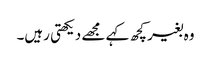
وہ بغیر کچھ کہے مجھے دیکھتی رہیں‌۔